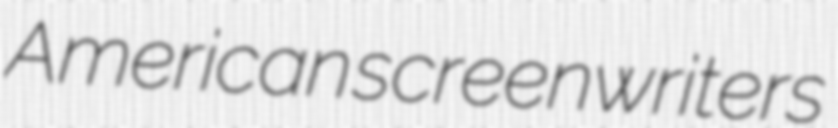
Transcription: American screenwriters